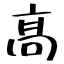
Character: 髙